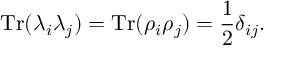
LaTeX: \mathrm { T r } ( \lambda _ { i } \lambda _ { j } ) = \mathrm { T r } ( \rho _ { i } \rho _ { j } ) = \frac 1 2 \delta _ { i j } .